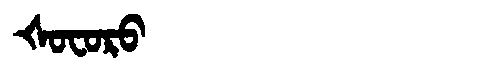
Manchu: ᡧᠣᠸᠣᡵᠣ
Romanization: ŠOFORO